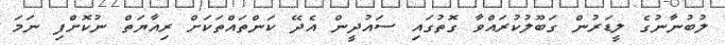
ލުބުނާނުގެ ލީޑަރުން ގަބޫލުކުރައްވާ ގޮތުގައި ސައުދީން އެދޭ ކަންތައްތަކަށް ރިއާޔަތް ނުކޮށްފި ނަމަ